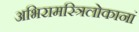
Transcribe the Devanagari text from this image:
अभिरामस्त्रिलोकानां